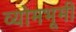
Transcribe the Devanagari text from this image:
व्योमभूमी